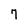
Character: 7